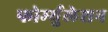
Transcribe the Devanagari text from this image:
फोर्म्युलेशन